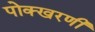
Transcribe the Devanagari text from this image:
पोक्खरणी